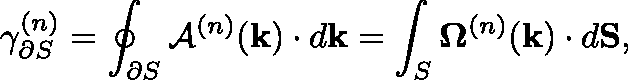
\gamma _ { \partial S } ^ { ( n ) } = \oint _ { \partial S } \mathcal { A } ^ { ( n ) } ( \mathbf { k } ) \cdot d \mathbf { k } = \int _ { S } { \mathbf { \Omega } ^ { ( n ) } } ( \mathbf { k } ) \cdot d \mathbf { S } ,